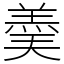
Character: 羮